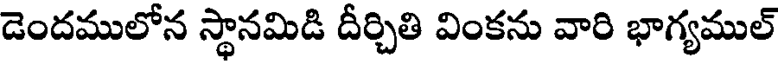
డెందములోన స్థానమిడి దీర్చితి వింకను వారి భాగ్యముల్